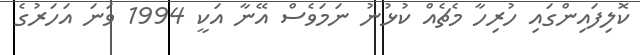
ކޮލިފައިންގައި ހުރިހާ މެޗެއް ކުޅުނު ނަމަވެސް އޭނާ އަކީ 1994 ވަނަ އަހަރުގެ